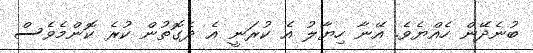
ބުނެދޭން ހެއްޔެވެ. އޭނާ ހިޔާލު އެ ކުރަނީ އެ ދެގޮތުން ކުރެ ކޮންމެވެސް